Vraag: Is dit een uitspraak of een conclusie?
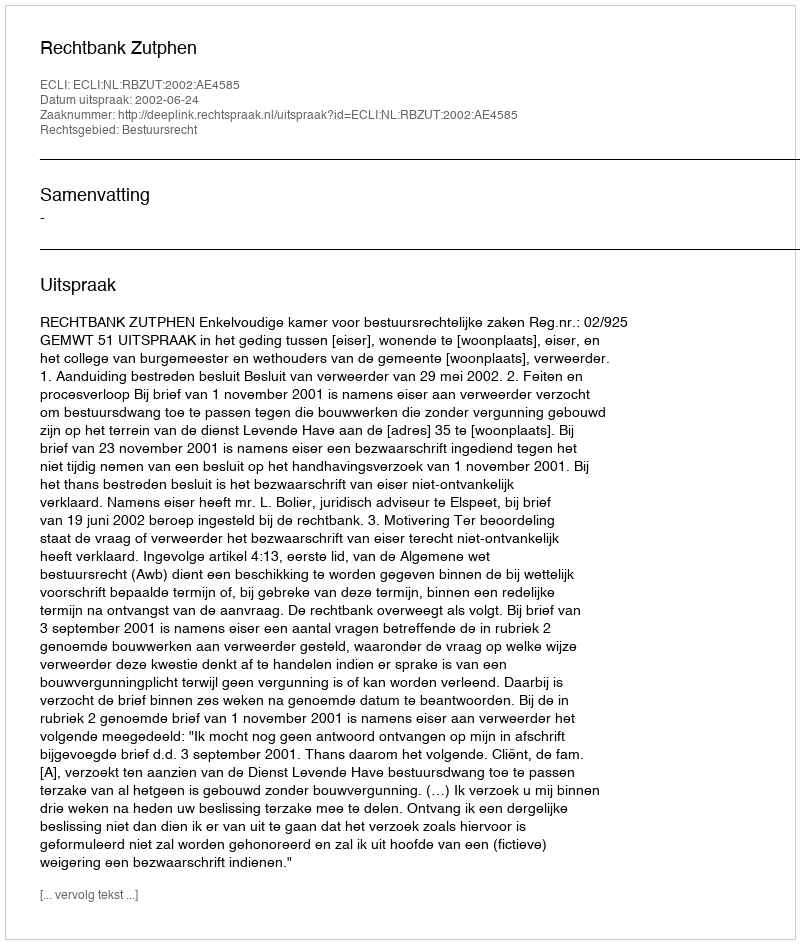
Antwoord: Uitspraak